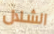
الشلال